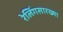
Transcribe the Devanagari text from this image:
रेलिंगसारख्या